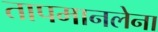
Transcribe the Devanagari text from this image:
तापमानलेना